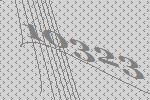
10323